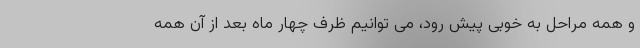
و همه مراحل به خوبی پیش رود، می توانیم ظرف چهار ماه بعد از آن همه